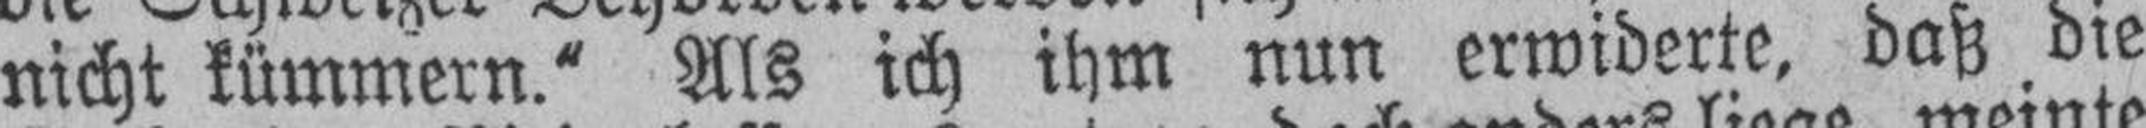
nicht kümmern.“ Als ich ihm nun erwiderte, daß die